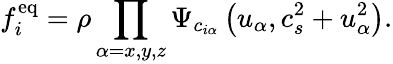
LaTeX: f_{i}^{\mathrm{eq}}=\rho\prod_{\alpha=x,y,z}\Psi_{c_{i\alpha}}\left(u_{\alpha},c_{s}^{2}+u_{\alpha}^{2}\right).